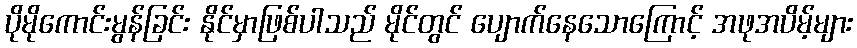
ပိုမိုကောင်းမွန်ခြင်း နိုင်မှာဖြစ်ပါသည် မိုင်တွင် ပျောက်နေသောကြောင့် အဖုအပိမ့်များ